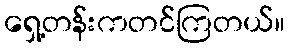
ရှေ့တန်းကတင်ကြတယ်။